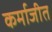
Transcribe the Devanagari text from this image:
कर्माजीत